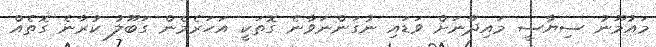
މައުމޫނު ސިޔާސީ މައިދާނަށް ވަޑައި ނުގަންނަވާނެ ގޮތަކީ އަހަރެމެން ގަބޫލު ކުރާނެ ގޮތެއް